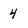
Character: 4